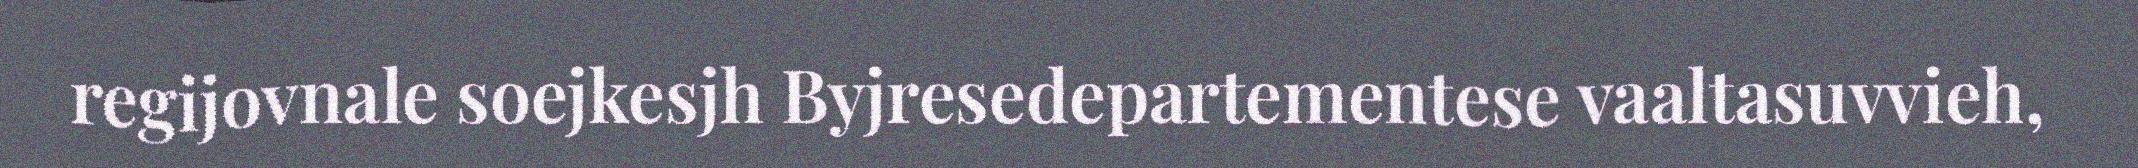
regijovnale soejkesjh Byjresedepartementese vaaltasuvvieh,